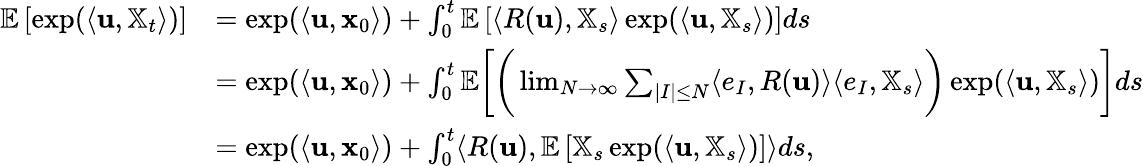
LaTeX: \begin{array}{rl}{\mathbb{E}\left[\exp(\langle\mathbf{u},\mathbb{X}_{t}\rangle)\right]}&{=\exp(\langle\mathbf{u},\mathbf{x}_{0}\rangle)+\int_{0}^{t}\mathbb{E}\left[\langle R(\mathbf{u}),\mathbb{X}_{s}\rangle\exp(\langle\mathbf{u},\mathbb{X}_{s}\rangle)\right]ds}\\ &{=\exp(\langle\mathbf{u},\mathbf{x}_{0}\rangle)+\int_{0}^{t}\mathbb{E}\bigg[\bigg(\operatorname*{lim}_{N\to\infty}\sum_{|I|\leq N}\langle e_{I},R(\mathbf{u})\rangle\langle e_{I},\mathbb{X}_{s}\rangle\bigg)\exp(\langle\mathbf{u},\mathbb{X}_{s}\rangle)\bigg]ds}\\ &{=\exp(\langle\mathbf{u},\mathbf{x}_{0}\rangle)+\int_{0}^{t}\langle R(\mathbf{u}),\mathbb{E}\left[\mathbb{X}_{s}\exp(\langle\mathbf{u},\mathbb{X}_{s}\rangle)\right]\rangle ds,}\end{array}